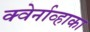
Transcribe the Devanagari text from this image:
क्वेर्नाव्हाका